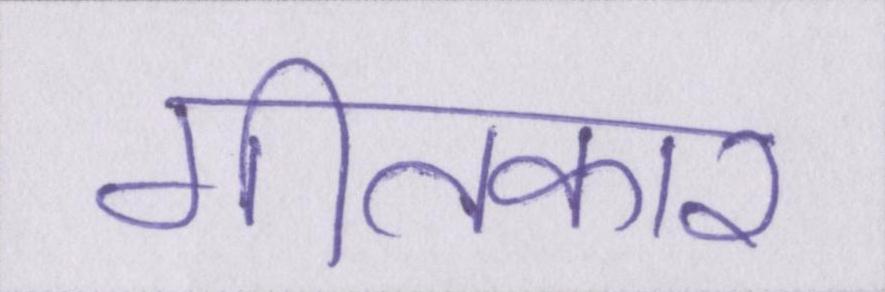
गीतकार